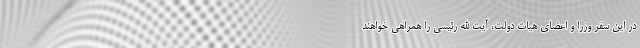
در این سفر وزرا و اعضای هیات دولت، آیت الله رئیسی را همراهی خواهند